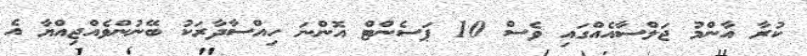
ކުރާ އާންމު ޖަލްސާއެއްގައި ވެސް 10 ޕަސެންޓް އޮންނަ ހިއްސާދާރަކު ބޭނުންވެއްޖިއްޔާ އެ